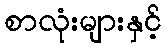
စာလုံးများနှင့်